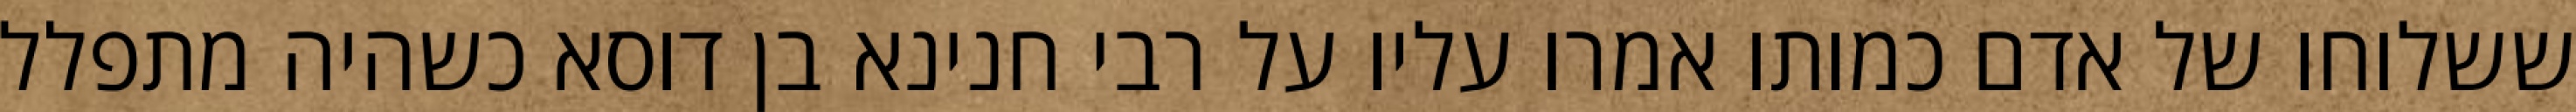
ששלוחו של אדם כמותו אמרו עליו על רבי חנינא בן דוסא כשהיה מתפלל